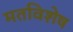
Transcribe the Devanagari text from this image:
मतविशेष